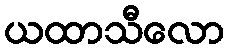
ယထာသီလော